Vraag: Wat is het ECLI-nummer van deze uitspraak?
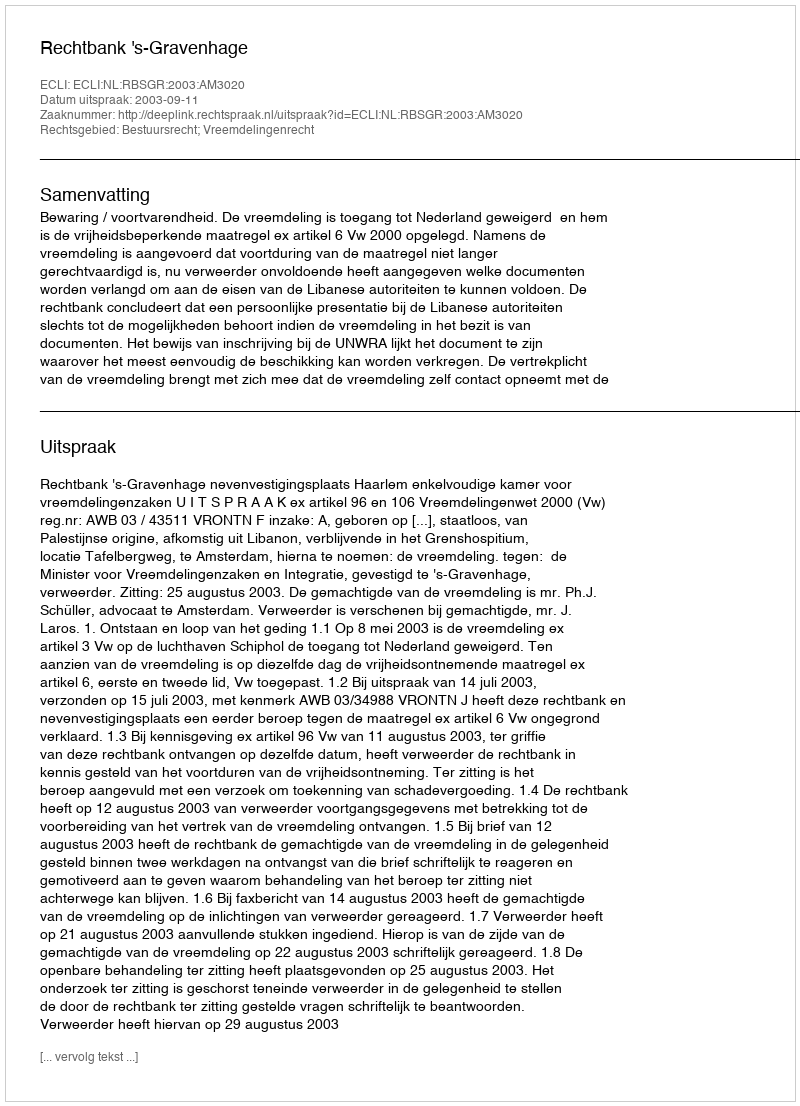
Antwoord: ECLI:NL:RBSGR:2003:AM3020